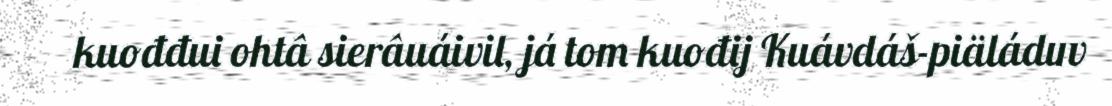
kuođđui ohtâ sierâuáivil, já tom kuođij Kuávdáš-piäláduv